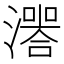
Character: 𤀅